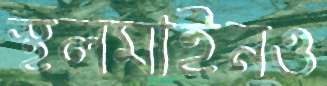
স্থলমাইনও